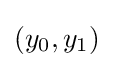
(y_{0},y_{1})